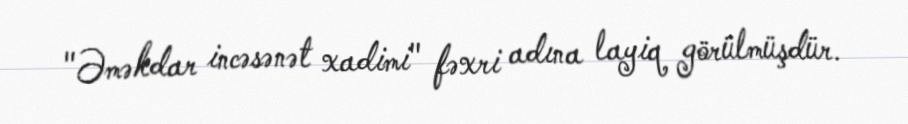
"Əməkdar incəsənət xadimi" fəxri adına layiq görülmüşdür.